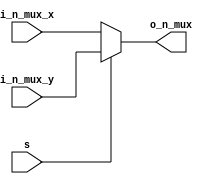
module n_bit_mux #(
    parameter N = 32
) (
    input s, input [N -1 :0] i_n_mux_x, input [N-1:0] i_n_mux_y, output reg [N-1:0] o_n_mux
);

    always @(*) begin
        
        if(!s)
            o_n_mux = i_n_mux_x;
        else
            o_n_mux = i_n_mux_y;
    end
    
endmodule